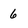
Character: 6